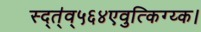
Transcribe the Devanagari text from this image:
स्द्त्॑व्५६४एवुत्किग्य्क।